Report of the King Institute of Preventive Medicine, Guindy
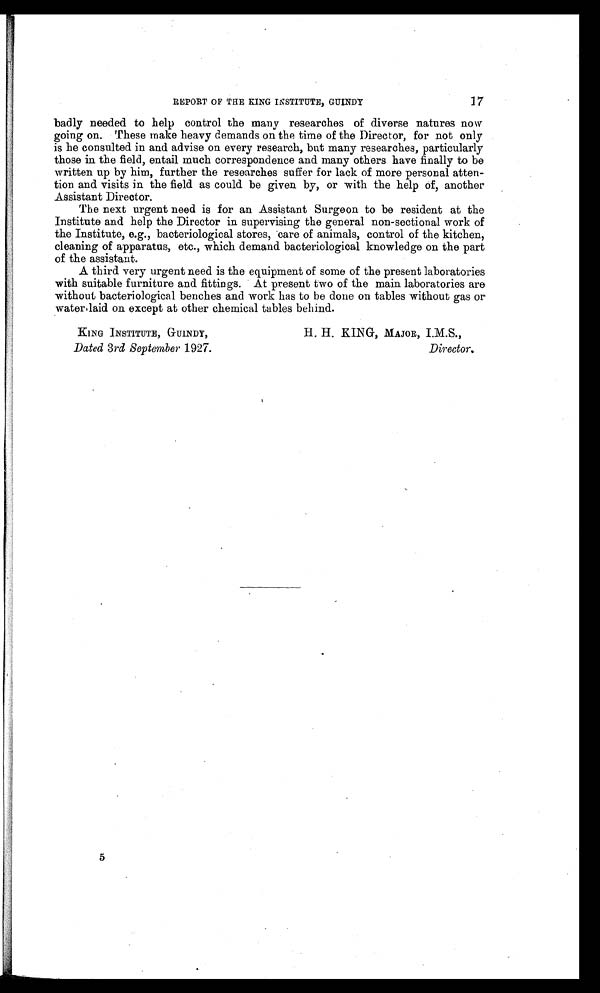
17
REPORT OF THE KING INSTITUTE, GUINDY
badly needed to help control the many researches of diverse natures now
going on. These make heavy demands on the time of the Director, for not only
is he consulted in and advise on every research, but many researches, particularly
those in the field, entail much correspondence and many others have finally to be
written up by him, further the researches suffer for lack of more personal atten--
tion and visits in the field as could be given by, or with the help of, another
Assistant Director.
The next urgent need is for an Assistant Surgeon to be resident at the
Institute and help the Director in supervising the general non-sectional work of
the Institute, e.g., bacteriological stores, care of animals, control of the kitchen,
cleaning of apparatus, etc., which demand bacteriological knowledge on the part
of the assistant.
A third very urgent need is the equipment of some of the present laboratories
with suitable furniture and fittings. At present two of the main laboratories are
without bacteriological benches and work has to be done on tables without gas or
water laid on except at other chemical tables behind.
KING INSTITUTE, GUINDY,
H. H. KING, MAJOR, I.M.S.,
Dated 3rd September 1927.
Director.
5